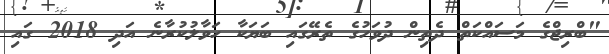
"ބްރިޖްގެ މަސައްކަތް ދެތިން ދުވަހުގެ ތެރޭގައި ބަޔަކާ ހަވާލުކުރާނެ އަދި 2018 ގައި